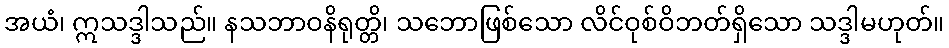
အယံ၊ ဣသဒ္ဒါသည်။ နသဘာဝနိရုတ္တိ၊ သဘောဖြစ်သော လိင်ဝုစ်ဝိဘတ်ရှိသော သဒ္ဒါမဟုတ်။